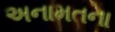
અનામતના